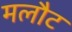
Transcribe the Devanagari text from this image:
मलौट